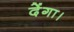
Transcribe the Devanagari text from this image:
देंगा।